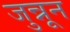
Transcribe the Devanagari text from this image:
जुन्नून